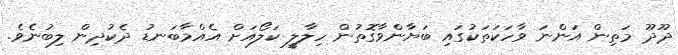
ދޫދޫ މަތިން އަންނަ ވާހަކަތަކުގައި ބަޔާންވާގޮތުން ހިލާލީ ކަލޯއަށް އެއްމާބަނޑު ދެކުދިން ލިބުނެވެ.